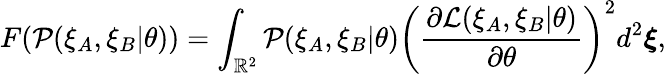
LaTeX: F(\mathcal{P}(\xi_{A},\xi_{B}|\theta))=\int_{\mathbb{R}^{2}}\mathcal{P}(\xi_{A},\xi_{B}|\theta)\left(\frac{\partial\mathcal{L}(\xi_{A},\xi_{B}|\theta)}{\partial\theta}\right)^{2}d^{2}\boldsymbol{\xi},